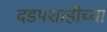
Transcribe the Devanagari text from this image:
दडपशाहीच्या